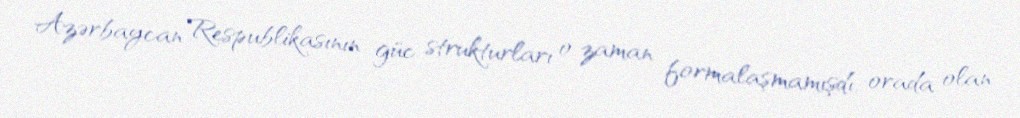
Azərbaycan Respublikasının güc strukturları o zaman formalaşmamışdı, orada olan